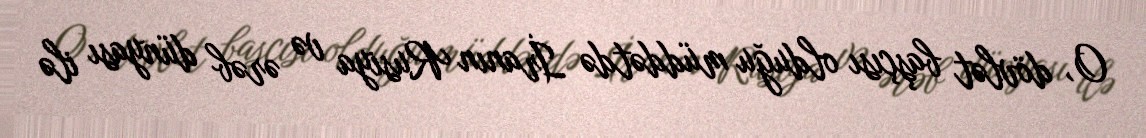
O, dövlət başçısı olduğu müddətdə İranın Rusiya və ərəb dünyası ilə